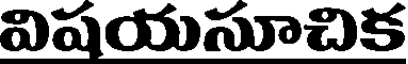
విషయసూచిక